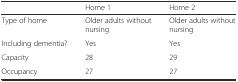
<table><thead><tr><td></td><td><b>Home 1</b></td><td><b>Home 2</b></td></tr></thead><tbody><tr><td>Type of home</td><td>Older adults without nursing</td><td>Older adults without nursing</td></tr><tr><td>Including dementia?</td><td>Yes</td><td>Yes</td></tr><tr><td>Capacity</td><td>28</td><td>29</td></tr><tr><td>Occupancy</td><td>27</td><td>27</td></tr></tbody></table>